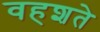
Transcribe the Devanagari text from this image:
वहशते